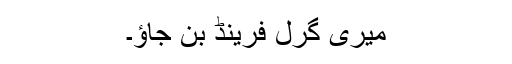
میری گرل فرینڈ بن جاؤ۔